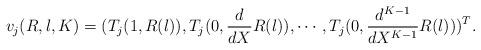
LaTeX: \begin{align*}v_j(R,\l,K)=(T_{j}(1,R(\l)),T_{j}(0,\frac{d}{dX}R(\l)),\cdots,T_{j}(0,\frac{d^{K-1}}{dX^{K-1}}R(\l)))^T.\end{align*}